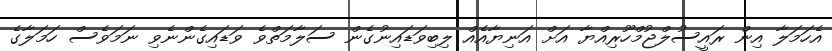
އެހަމަލާ އިން ރައީސުލްޖުމްހޫރިއްޔާ އަށް އަނިޔާއެއް ލިބިވަޑައިނުގެން ސަލާމަތްވެ ވަޑައިގެންނެވި ނަމަވެސް ހަމަލާގެ